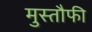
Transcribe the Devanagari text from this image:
मुस्तौफी